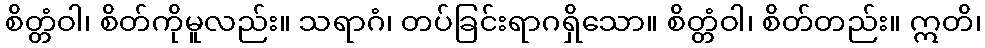
စိတ္တံဝါ၊ စိတ်ကိုမူလည်း။ သရာဂံ၊ တပ်ခြင်းရာဂရှိသော။ စိတ္တံဝါ၊ စိတ်တည်း။ ဣတိ၊